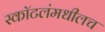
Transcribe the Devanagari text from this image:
स्कॉटलंमधीलच